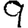
Digit: 9